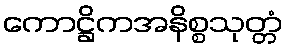
ကောဋ္ဌိကအနိစ္စသုတ္တံ